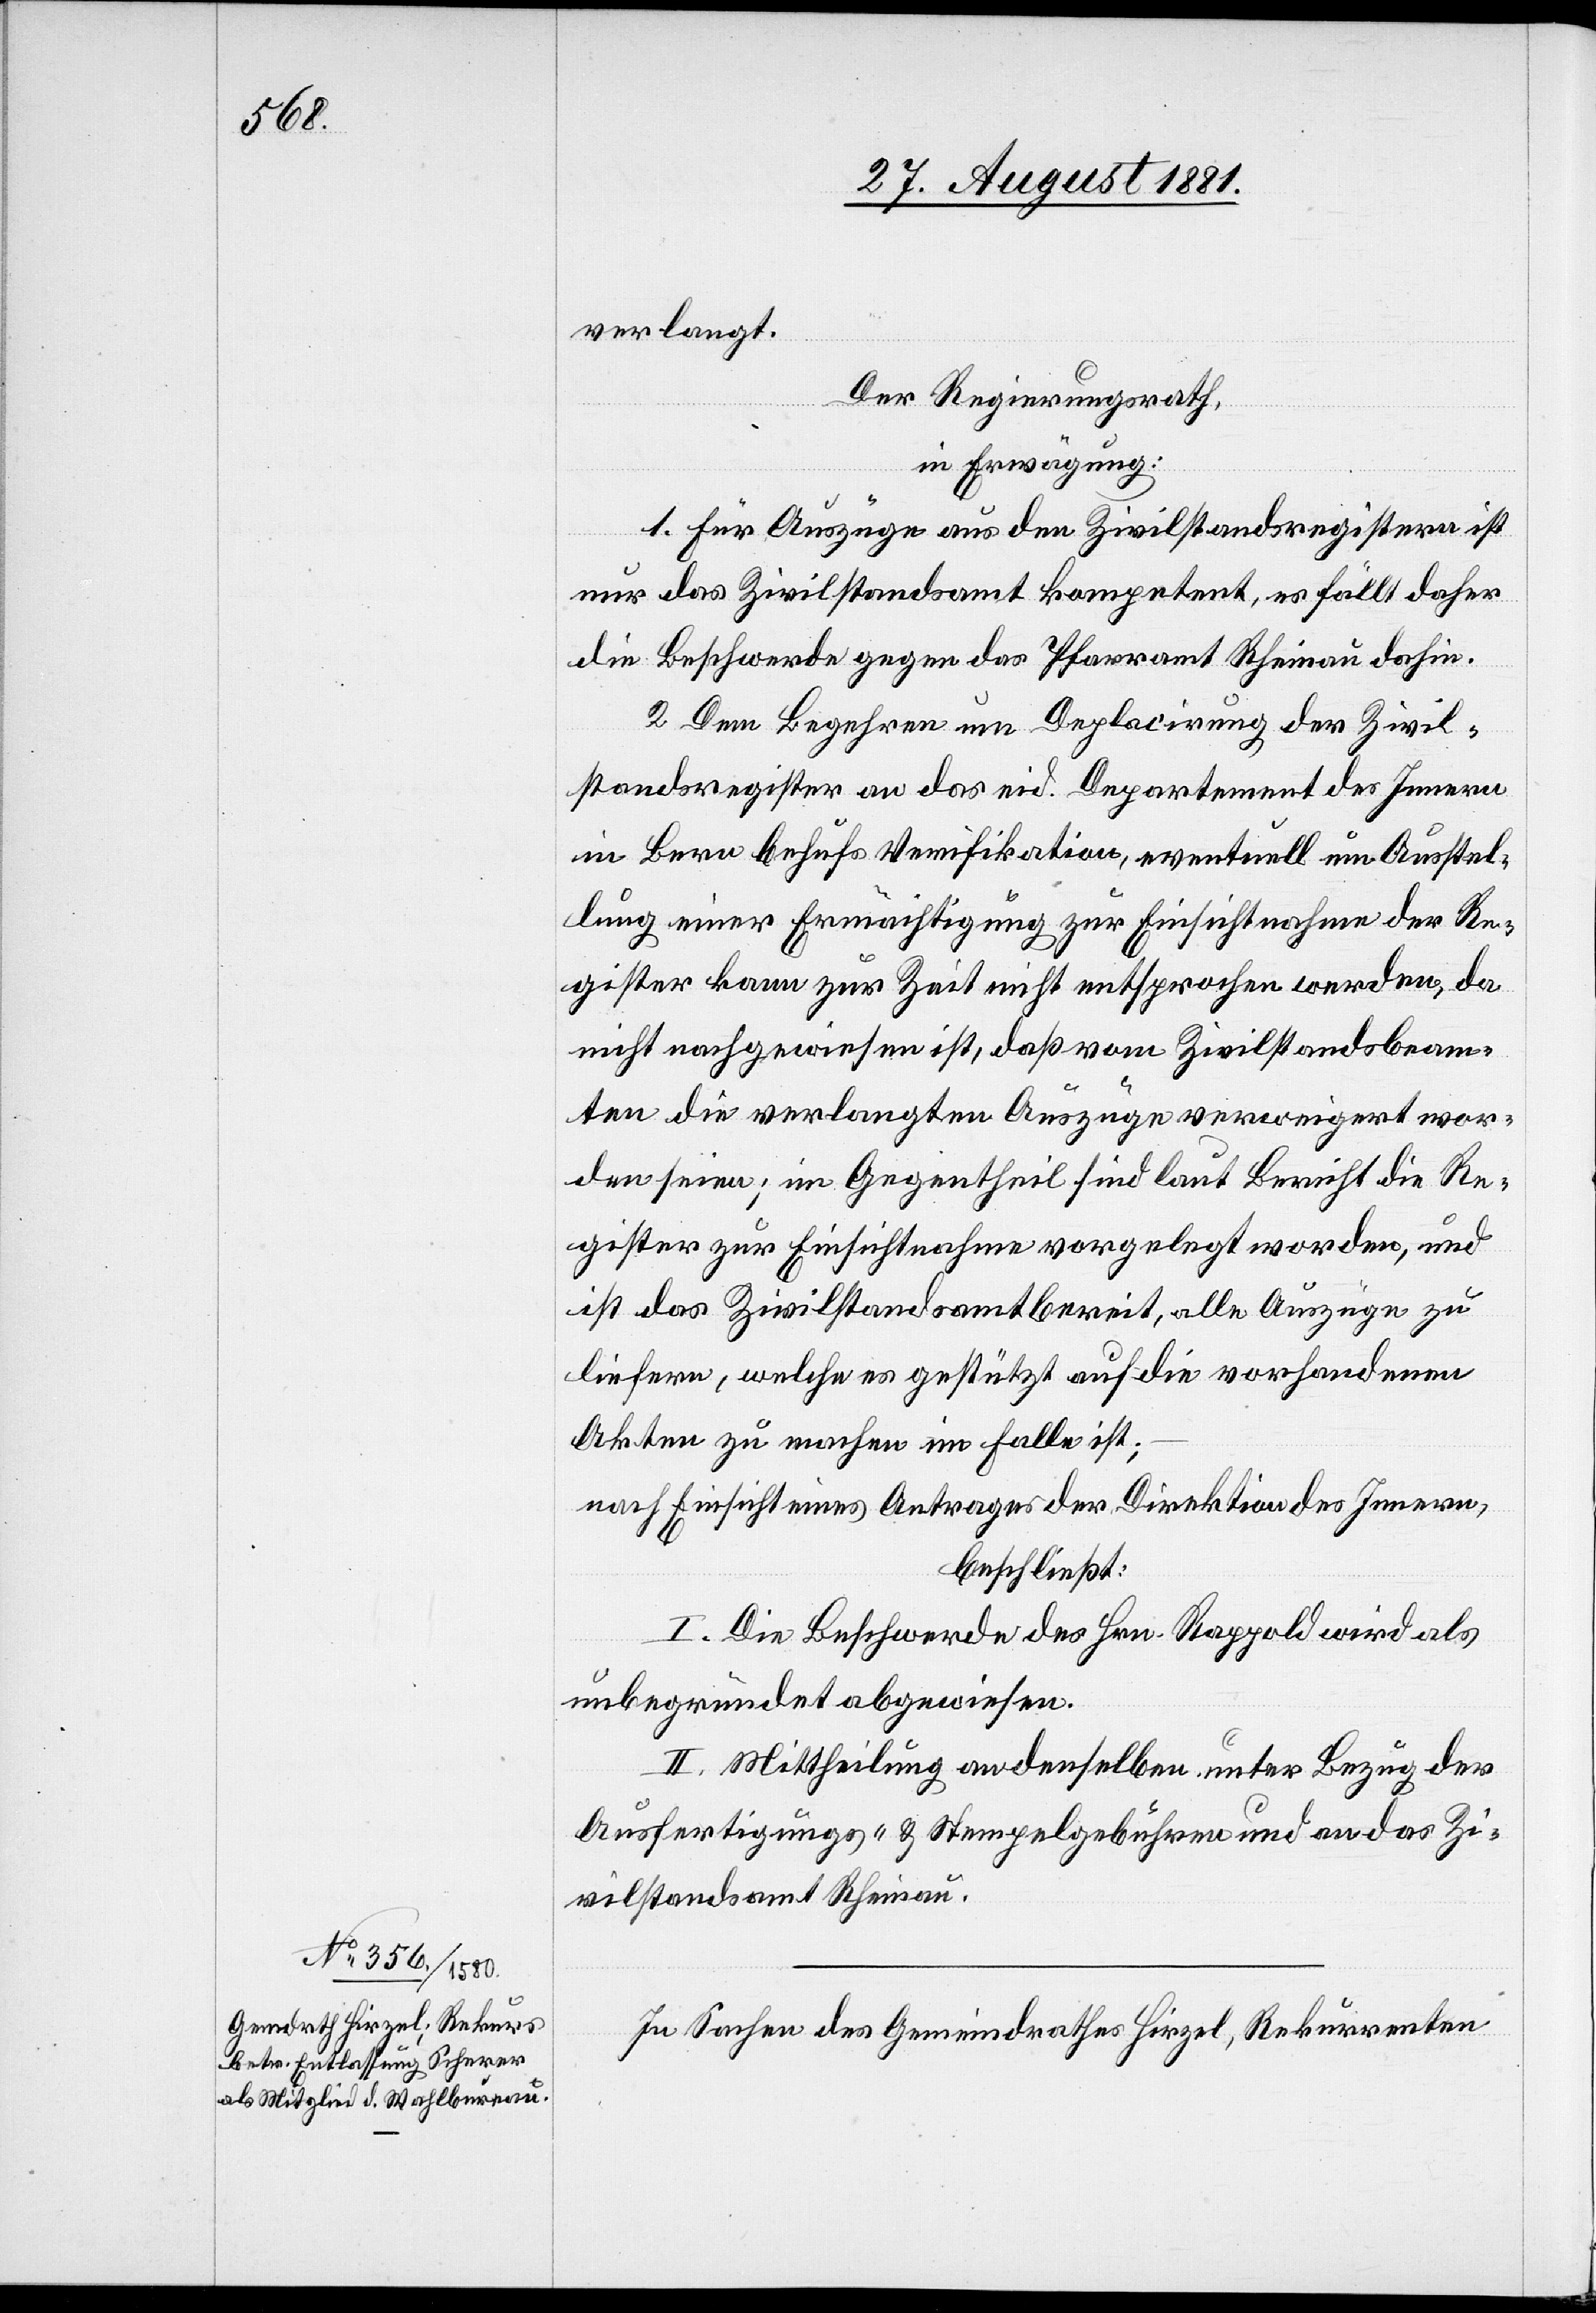
verlangt.
Der Regierungsrath,
in Erwägung:
1. Für Auszüge aus den Zivilstandregistern ist
nur das Zivilstandsamt kompetent, es fällt daher
die Beschwerde gegen das Pfarramt Rheinau dahin.
2. Dem Begehren um Deplacirung der Zivil¬
standsregister an das eid. Departement des Innern
in Bern behufs Verifikation, eventuell um Ausstel¬
lung einer Ermächtigung zur Einsichtnahme der Re¬
gister kann zur Zeit nicht entsprochen werden, da
nicht nachgewiesen ist, daß vom Zivilstandsbeam¬
ten die verlangten Auszüge verweigert wor¬
den seien; im Gegentheil sind laut Bericht die Re¬
gister zur Einsichtnahme vorgelegt worden, und
ist das Zivilstandsamt bereit, alle Auszüge zu
liefern, welche es gestützt auf die vorhandenen
Akten zu machen im Falle ist;
nach Einsicht eines Antrages der Direktion des Innern,
beschließt:
I. Die Beschwerde des Hrn. Rappold wird als
unbegründet abgewiesen.
II. Mittheilung an denselben unter Bezug der
Ausfertigungs- & Stempelgebühren und an das Zi¬
vilstandsamt Rheinau.
In Sachen des Gemeindrathes Hirzel, Rekurrenten